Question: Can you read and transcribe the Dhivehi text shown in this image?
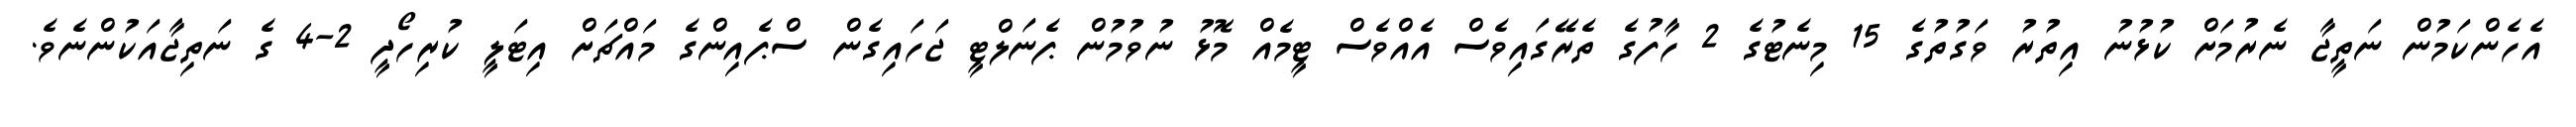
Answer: އެހެންކަމުން ނަތީޖާ ނެރުމަށް ކުޅުނު އިތުރު ވަގުތުގެ 15 މިނެޓުގެ 2 ހާފުގެ ތެރޭގައިވެސް އެއްވެސް ޓީމެއް މޮޅު ނުވުމުން ޕެނަލްޓީ ޖަހައިގެން ސްޕެއިންގެ މައްޗަށް އިޓަލީ ކުރިހޯދީ 2-4 ގެ ނަތިޖާއަކުންނެވެ.